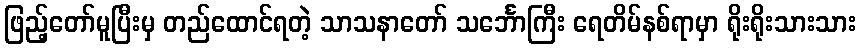
ဖြည့်တော်မူပြီးမှ တည်ထောင်ရတဲ့ သာသနာတော် သင်္ဘောကြီး ရေတိမ်နစ်ရာမှာ ရိုးရိုးသားသား